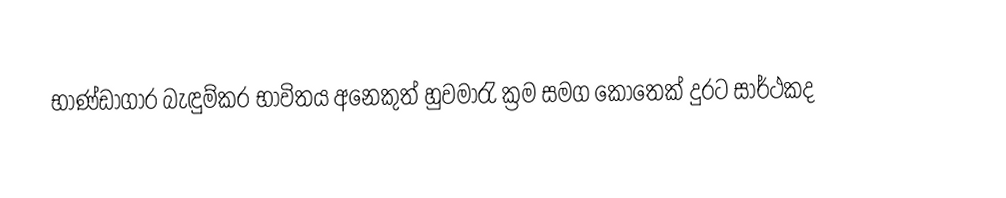
භාණ්ඩාගාර බැඳුම්කර භාවිතය අනෙකුත් හුවමාරැ ක්‍රම සමග කොතෙක් දුරට සාර්ථකද